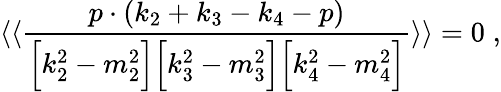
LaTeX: \langle\langle\frac{p\cdot(k_{2}+k_{3}-k_{4}-p)}{\Bigl[k_{2}^{2}-m_{2}^{2}\Bigr]\Bigl[k_{3}^{2}-m_{3}^{2}\Bigr]\Bigl[k_{4}^{2}-m_{4}^{2}\Bigr]}\rangle\rangle=0\; ,